Indian journal of veterinary science and animal husbandry - Volume 9,
Year: 1939
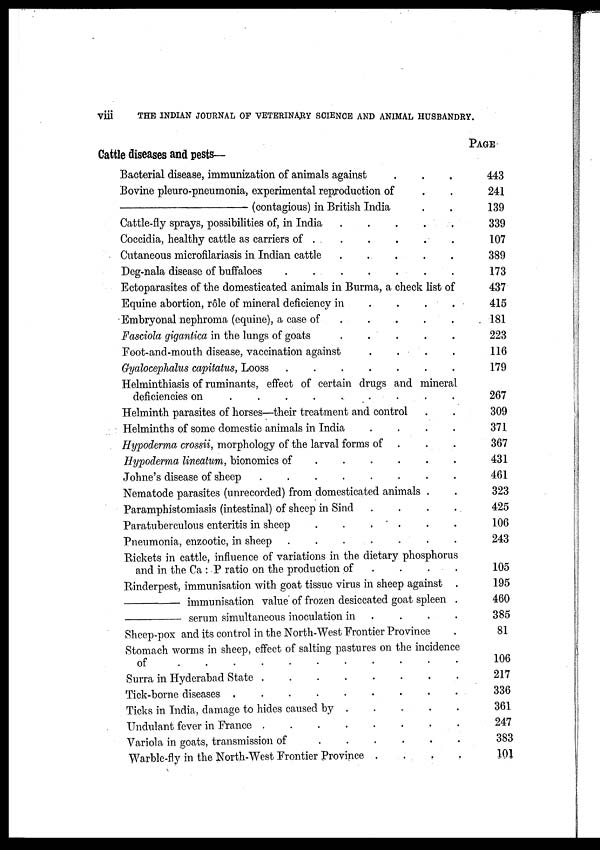
viii
THE INDIAN JOURNAL OF VETERINARY SCIENCE AND ANIMAL HUSBANDRY.
Cattle diseases and pests-
Bacterial disease, immunization of animals against . . .
Bovine pleuro-pneumonia, experimental reproduction of . .
—
(contagious) in British India . .
Cattle-fly sprays, possibilities of, in India . . . . .
Coccidia, healthy cattle as carriers of
.
.
.
.
.
.
Cutaneous microfilariasis in Indian cattle
.
.
.
.
.
.
Deg-nala disease of buffaloes
.
.
.
.
.
.
.
.
Ectoparasites of the domesticated animals in Burma, a check list of
Equine abortion, role of mineral deficiency in . . . . . .
Embryonal nephroma (equine), a case of . . . . . . .
Fasciola gigantica in the lungs of goats . . . . . . .
Foot-and-mouth disease, vaccination against . . . .
Gyalocephalus capitatus, Looss
.
.
.
.
.
.
.
.
Helminthiasis of ruminants, effect of certain drugs and mineral
deficiencies on
.
.
.
.
.
.
.
.
.
Helminth parasites of horses—their treatment and control . .
Helminths of some domestic animals in India . . . .
Hypoderma crossii, morphology of the larval forms of . . .
Hypoderrna lineatum, bionomics of
.
.
.
.
.
.
Johne's disease of sheep
.
.
.
.
.
.
.
.
.
Nematode parasites (unrecorded) from domesticated animals . .
Paramphistomiasis (intestinal) of sheep in Sind . . . .
Paratuberculous enteritis in sheep
.
.
.
.
.
.
Pneumonia, enzootic, in sheep . . . . . . .
Rickets in cattle, influence of variations in the dietary phosphorus
and in the Ca : P ratio on the production of . . . .
Rinderpest, immunisation with goat tissue virus in sheep against .
—
immunisation value of frozen desiccated goat spleen .
—
serum simultaneous inoculation in . . . .
Sheep-pox and its control in the North-West Frontier Province .
Stomach worms in sheep, effect of salting pastures on the incidence
of . . . . . . . . . . .
Surra in Hyderabad State
.
.
.
.
.
.
.
.
Tick-borne diseases
.
.
.
.
.
.
.
.
.
Ticks in India, damage to hides caused by . . . . . .
Undulant fever in France
.
.
.
.
.
.
Variola in goats, transmission of
.
.
.
.
.
.
Warble-fly in the North-West Frontier Province . . . .
PAGE
443
241
139
339
107
389
173
437
415
181
223
116
179
267
309
371
367
431
461
323
425
106
243
105
195
460
385
81
106
217
336
361
247
383
101